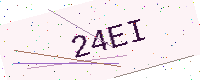
Text: 24EI